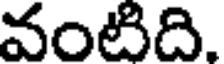
వంటిది.